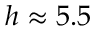
h \approx 5 . 5